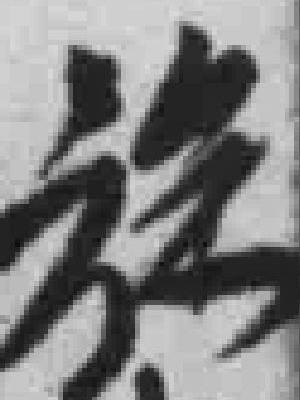
*